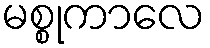
မစ္စုကာလေ